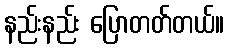
နည်းနည်း ပြောတတ်တယ်။